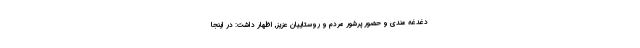
دغدغه مندی و حضور پرشور مردم و روستاییان عزیز, اظهار داشت: در اینجا